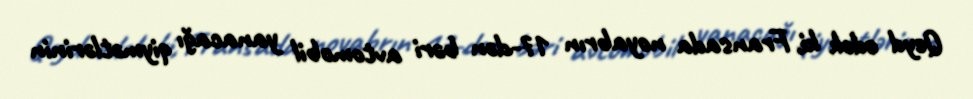
Qeyd edək ki, Fransada noyabrın 17-dən bəri avtomobil yanacağı qiymətlərinin